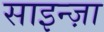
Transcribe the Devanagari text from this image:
साइन्ज़ा